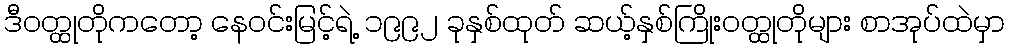
ဒီဝတ္ထုတိုကတော့ နေဝင်းမြင့်ရဲ့ ၁၉၉၂ ခုနှစ်ထုတ် ဆယ့်နှစ်ကြိုးဝတ္ထုတိုများ စာအုပ်ထဲမှာ